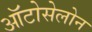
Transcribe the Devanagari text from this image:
ऑटोसेलोन